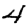
Digit: 4